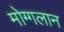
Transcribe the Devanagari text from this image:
मोग्गलान